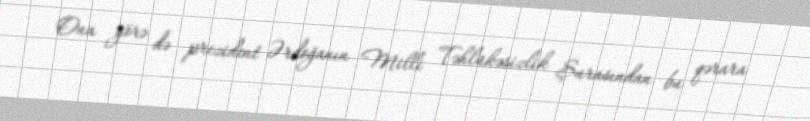
Ona görə də prezident Ərdoğanın Milli Təhlükəsizlik Şurasından bu qərara